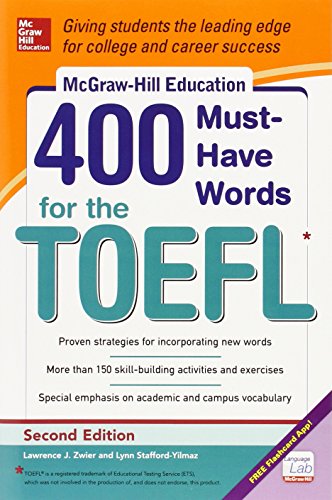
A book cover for McGraw-Hill Education 400 Must-Have Words for the TOEFL, 2nd Edition; Lynn Stafford-Yilmaz; Test Preparation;